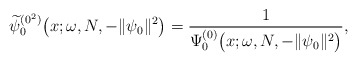
\begin{gather*} \widetilde{\psi }_{0}^{(0^{2})}\big(x;\omega ,N,-\Vert \psi _{0} \Vert ^{2}\big)=\frac{1}{\Psi _{0}^{(0) }\big(x;\omega ,N,- \Vert \psi _{0} \Vert ^{2}\big)},\end{gather*}